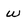
Character: w